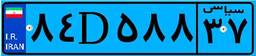
۰۱D۳۰۵۰۸